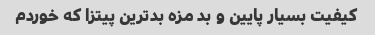
کیفیت بسیار پایین و بد مزه بدترین پیتزا که خوردم